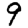
Digit: 9